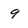
Character: 9